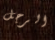
الرجل